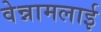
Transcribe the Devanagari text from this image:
वेन्नामलाई